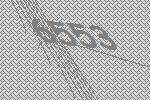
6553